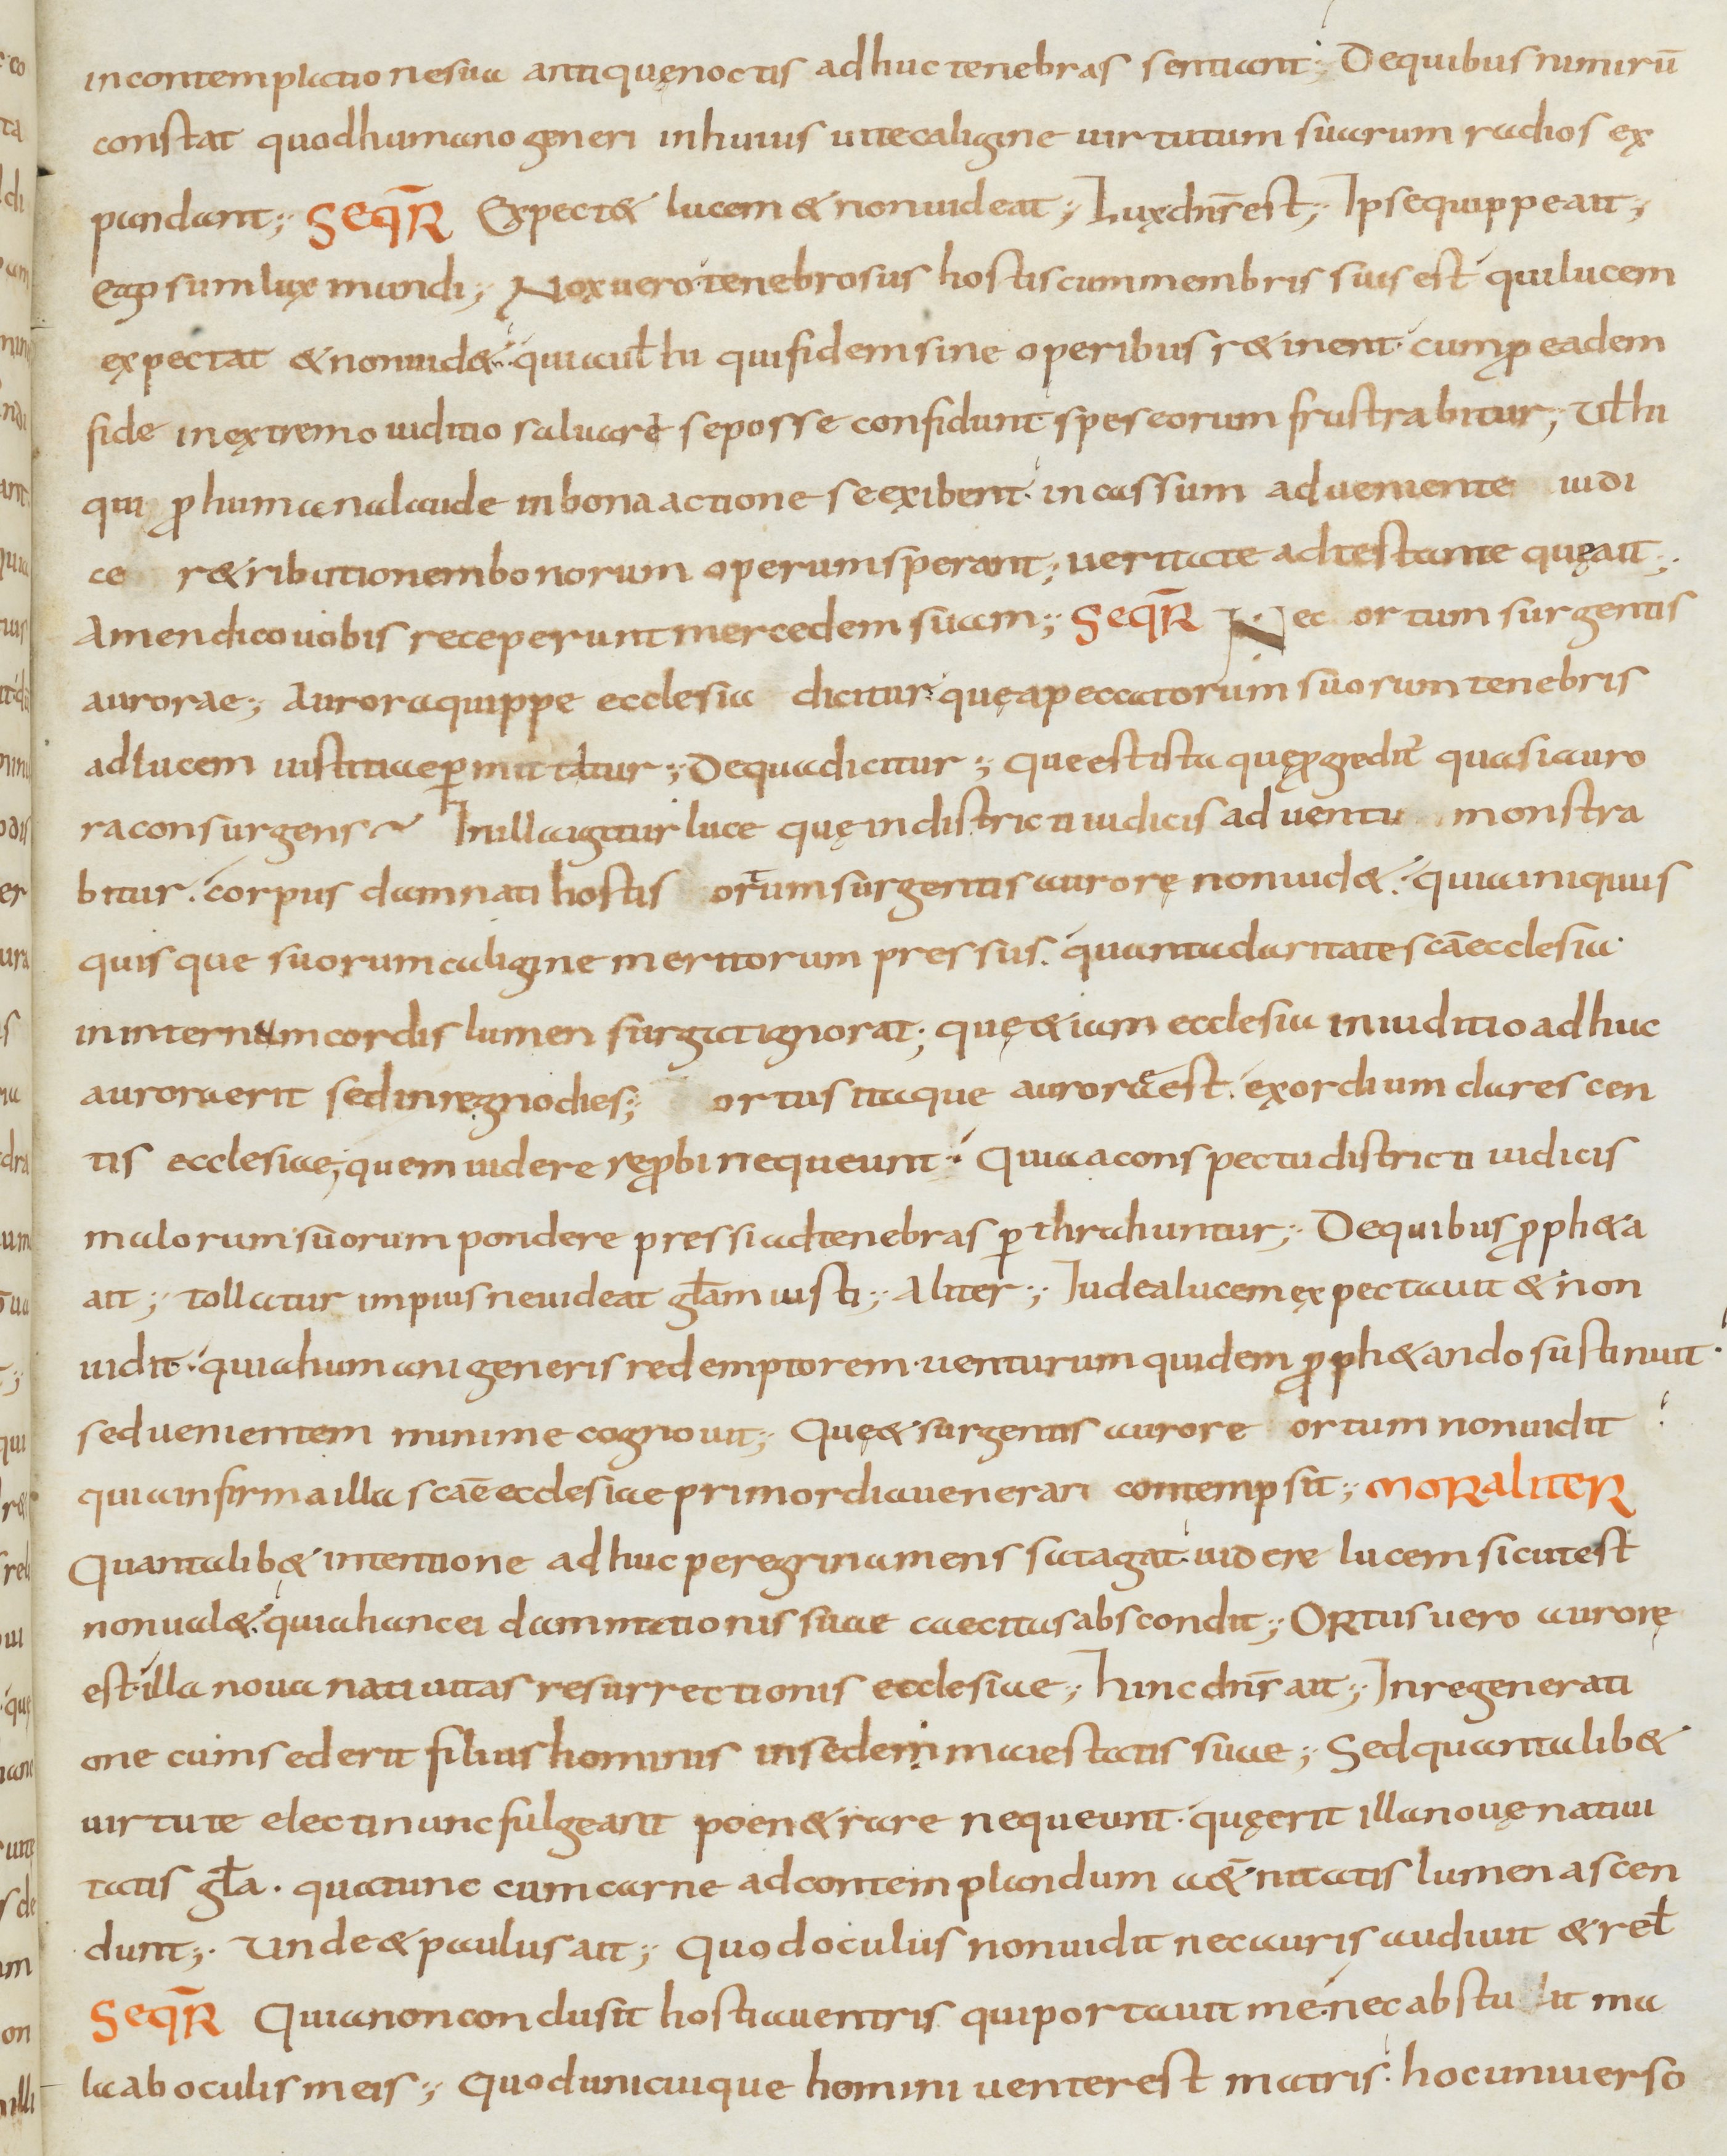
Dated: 900–999